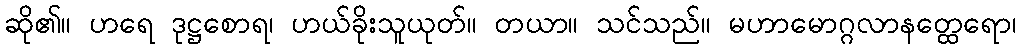
ဆို၏။ ဟရေ ဒုဋ္ဌစောရ၊ ဟယ်ခိုးသူယုတ်။ တယာ။ သင်သည်။ မဟာမောဂ္ဂလာနတ္ထေရော၊